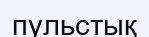
пульстық